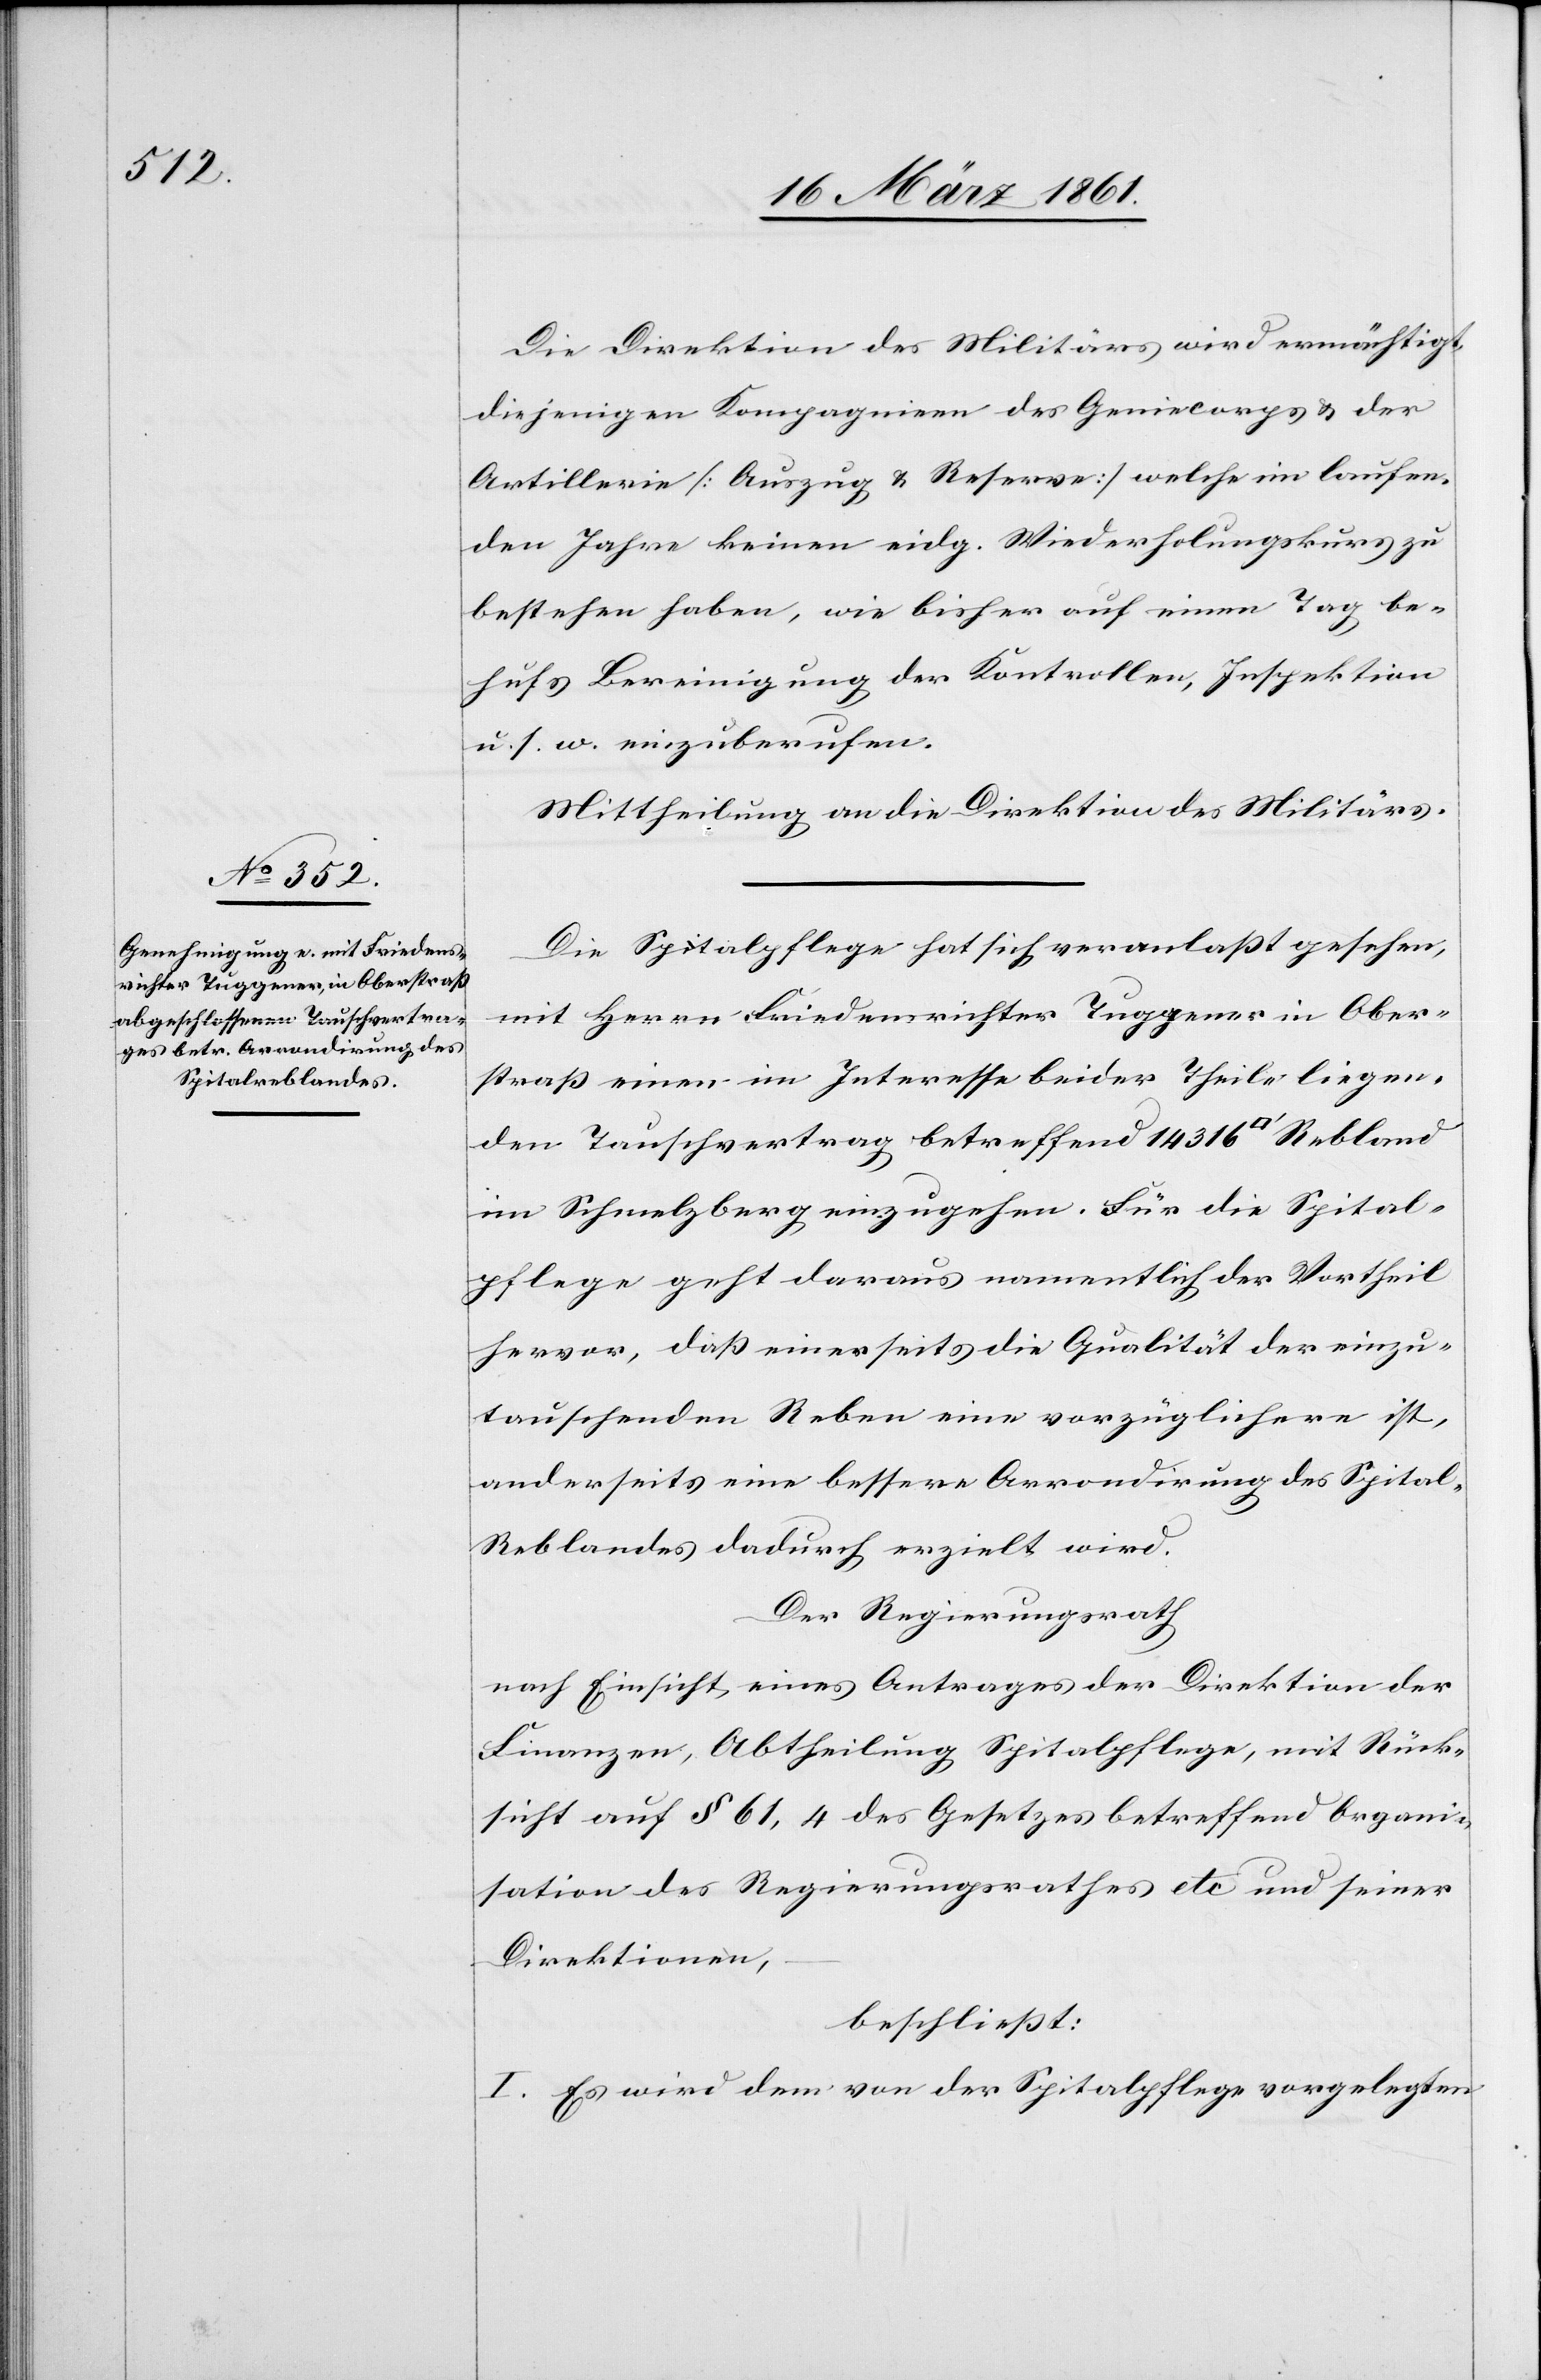
ratfuß]

Die Direktion des Militärs wird ermächtigt,
diejenigen Kompagnien des Geniecorps u. der
Artillerie (Auszug u. Reserve) welche im laufen¬
den Jahre keinen eidg. Wiederholungskurs zu
bestehen haben, wie bisher auf einen Tag be¬
hufs Bereinigung der Kontrollen, Inspektion
u. s. w. einzuberufen.
Mittheilung an die Direktion des Militärs.
Die Spitalpflege hat sich veranlaßt gesehen,
mit Herrn Friedensrichter Tuggener in Ober¬
straß einen im Interesse beider Theile liegen¬
den Tauschvertrag betreffend 14 316 [Quad¬
im Schmelzberg einzugehen. Für die Spital¬
pflege geht daraus namentlich der Vortheil
hervor, daß einerseits die Qualität der einzu¬
tauschenden Reben eine vorzüglichere ist,
anderseits eine bessere Arrondirung des Spital-R¬
eblandes dadurch erzielt wird.
Der Regierungsrath
nach Einsicht eines Antrages der Direktion der
Finanzen, Abtheilung Spitalpflege, mit Rück¬
sicht auf § 61,4 des Gesetzes betreffend Organi¬
sation des Regierungsrathes etc. und seiner
Direktionen,
beschließt:
I. Es wird dem von der Spitalpflege vorgelegten